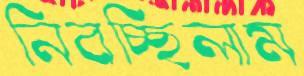
নিবচ্ছিলাম